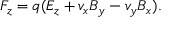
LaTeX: F _ { z } = q ( E _ { z } + v _ { x } B _ { y } - v _ { y } B _ { x } ) .